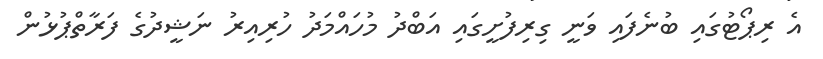
އެ ރިޕޯޓުގައި ބުނެފައި ވަނީ ގިރިފުށީގައި އަބްދު މުހައްމަދު ހުރިއިރު ނަޝީދުގެ ފަރާތްޕުޅުން